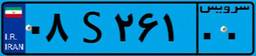
۶۸S۵۴۵۴۷